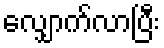
လျှောက်လာပြီး